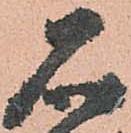
石